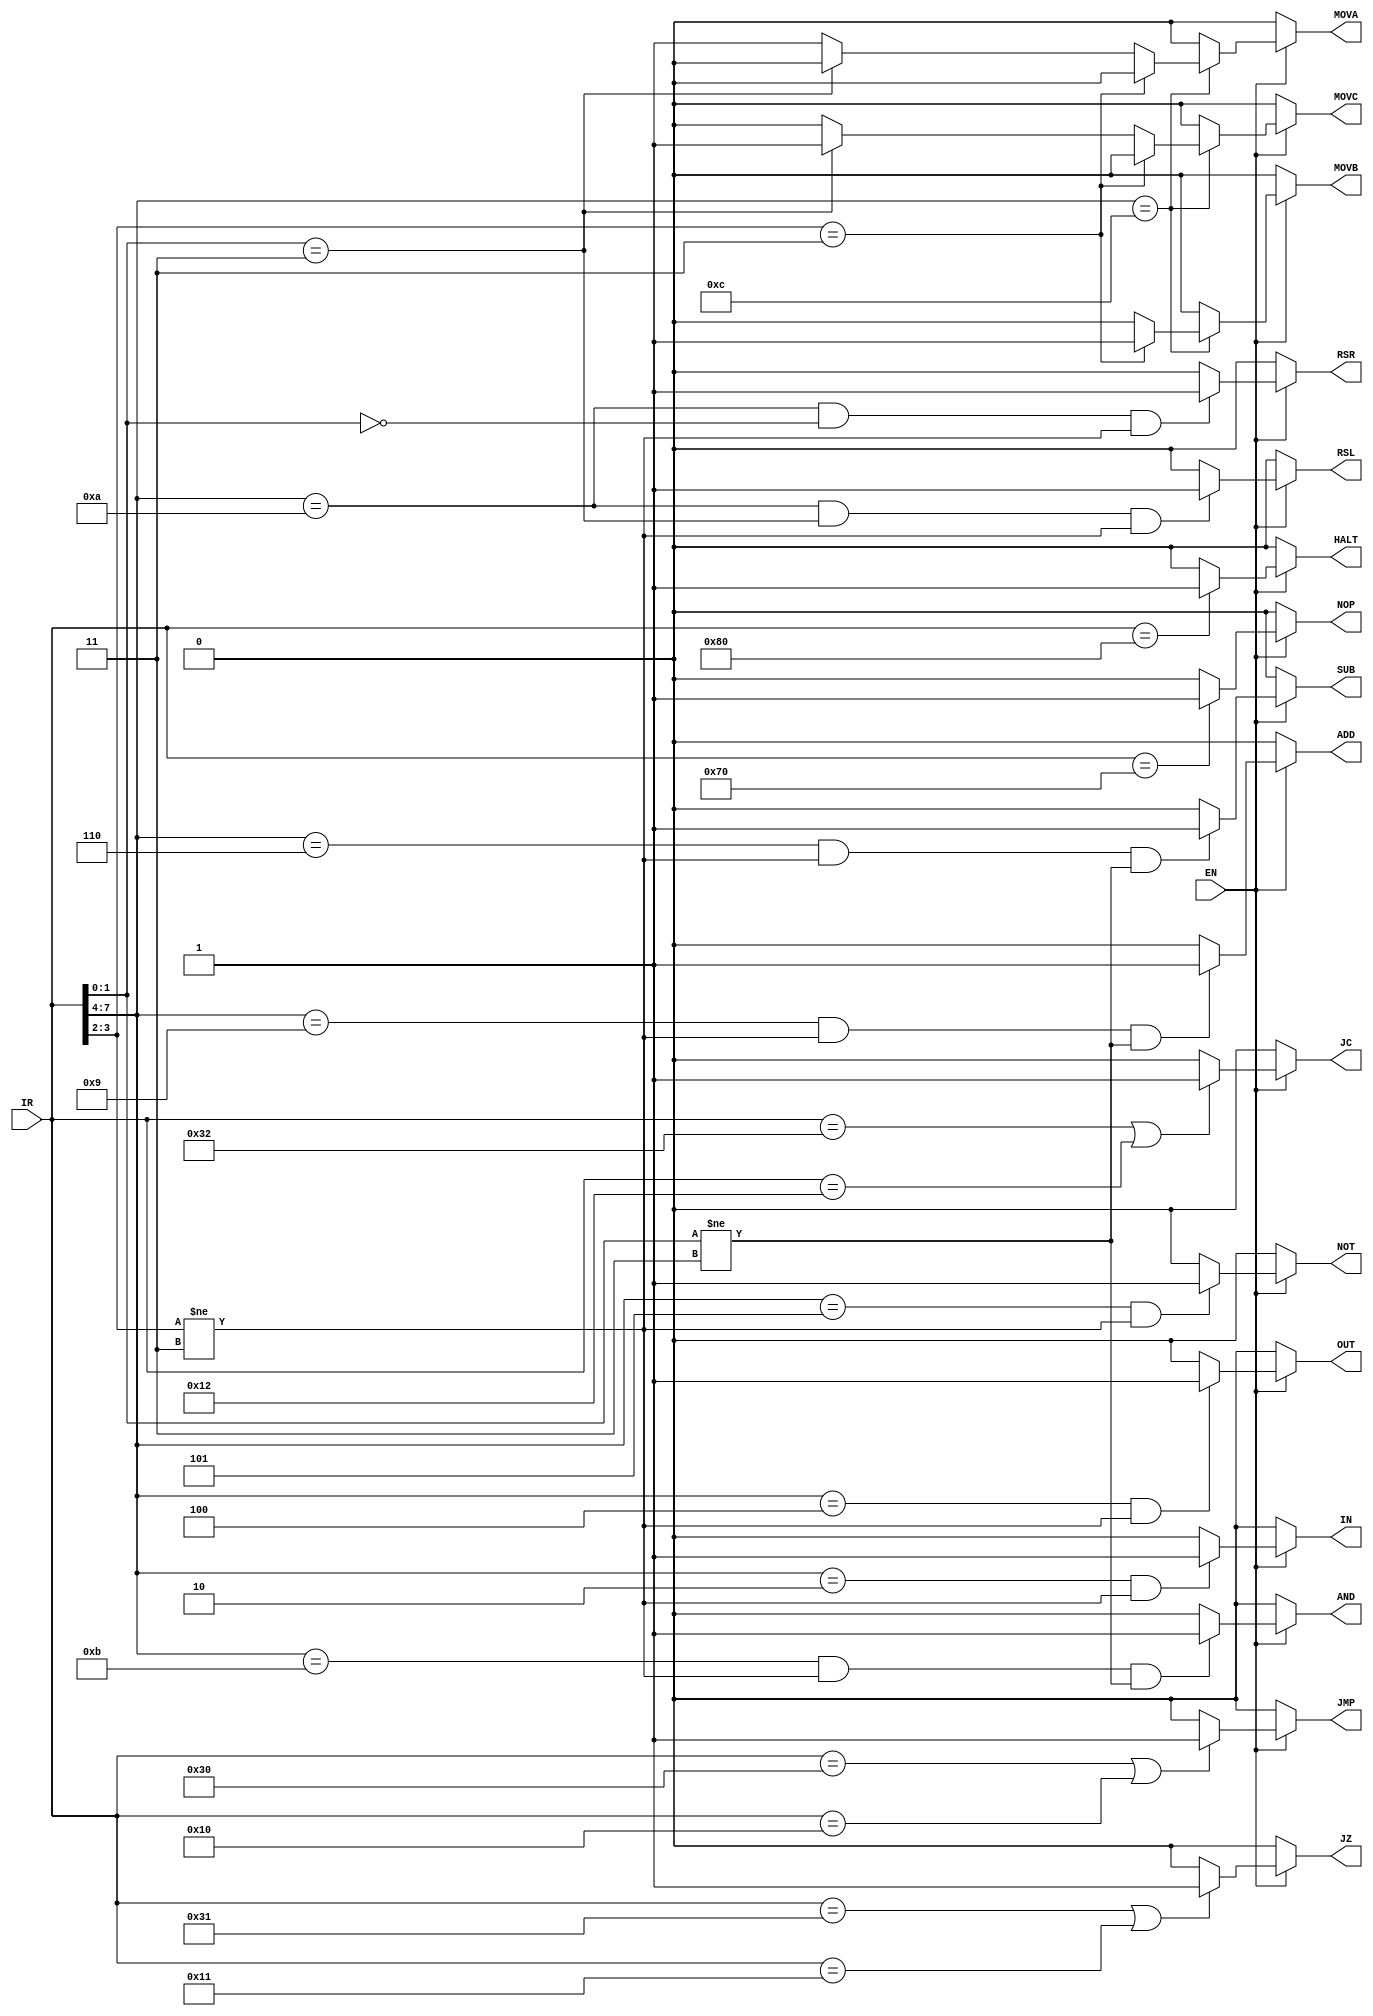
module decoder (EN,IR,MOVA,MOVB,MOVC,ADD,SUB,AND,NOT,RSR,RSL,JMP,JZ,JC,IN,OUT,NOP,HALT);
    input EN;
    input[7:0] IR;
    output MOVA,MOVB,MOVC,ADD,SUB,AND,NOT,RSR,RSL,JMP,JZ,JC,IN,OUT,NOP,HALT;
    reg MOVA,MOVB,MOVC,ADD,SUB,AND,NOT,RSR,RSL,JMP,JZ,JC,IN,OUT,NOP,HALT;
always @(IR,EN) begin
    if(EN==1'b1) begin
        if (IR[7-:4]==4'b1100) begin //MOV
            if(IR[3-:2]==2'b11) begin //MOVB 11R2
                MOVA=1'b0;
                MOVB=1'b1;
                MOVC=1'b0;
            end
            else if (IR[1-:2]==2'b11) begin //MOVC R1111
                MOVA=1'b0;
                MOVB=1'b0;
                MOVC=1'b1;
            end
            else begin //MOVA R1R2
                MOVA=1'b1;
                MOVB=1'b0;
                MOVC=1'b0;
            end
        end
        else begin
            MOVA=1'b0;
            MOVB=1'b0;
            MOVC=1'b0;
        end
        if (IR[7-:4]==4'b1001 && IR[3-:2]!=2'b11 && IR[1-:2]!=2'b11) begin //ADD
            ADD=1'b1;
        end
        else ADD=1'b0;
        if (IR[7-:4]==4'b0110 && IR[3-:2]!=2'b11 && IR[1-:2]!=2'b11) begin //SUB
            SUB=1'b1;
        end
        else SUB=1'b0;
        if (IR[7-:4]==4'b1011 && IR[3-:2]!=2'b11 && IR[1-:2]!=2'b11) begin //AND
            AND=1'b1;
        end
        else AND=1'b0;
        if (IR[7-:4]==4'b0101 && IR[3-:2]!=2'b11) begin //NOT
            NOT=1'b1;
        end
        else NOT=1'b0;
        if (IR[7-:4]==4'b1010 && IR[1-:2]==2'b00 && IR[3-:2]!=2'b11) begin //RSR
            RSR=1'b1;
        end
        else RSR=1'b0;
        if (IR[7-:4]==4'b1010 && IR[1-:2]==2'b11 && IR[3-:2]!=2'b11) begin //RSL
            RSL=1'b1;
        end
        else RSL=1'b0;
        if (IR[7:0]==8'b0011_0000||IR[7:0]==8'b0001_0000) begin //JMP
            JMP=1'b1;
        end
        else JMP=1'b0;
        if (IR[7:0]==8'b0011_0001||IR[7:0]==8'b0001_0001) begin //JZ
            JZ=1'b1;
        end
        else JZ=1'b0;
        if (IR[7:0]==8'b0011_0010||IR[7:0]==8'b0001_0010) begin //JC
            JC=1'b1;
        end
        else JC=1'b0;
        if (IR[7-:4]==4'b0010 && IR[3-:2]!=2'b11) begin //IN
            IN=1'b1;
        end
        else IN=1'b0;
        if (IR[7-:4]==4'b0100 && IR[3-:2]!=2'b11) begin //OUT
            OUT=1'b1;
        end
        else OUT=1'b0;
        if (IR[7:0]==8'b0111_0000) begin //NOP
            NOP=1'b1;
        end
        else NOP=1'b0;
        if (IR[7:0]==8'b1000_0000) begin //HALT
            HALT=1'b1;
        end
        else HALT=1'b0;
    end
    else begin
        MOVA=1'b0;
        MOVB=1'b0;
        MOVC=1'b0;
        ADD=1'b0;
        SUB=1'b0;
        AND=1'b0;
        NOT=1'b0;
        RSR=1'b0;
        RSL=1'b0;
        JMP=1'b0;
        JZ=1'b0;
        JC=1'b0;
        IN=1'b0;
        OUT=1'b0;
        NOP=1'b0;
        HALT=1'b0;
    end

end

endmodule //decoder